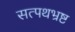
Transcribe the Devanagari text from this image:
सत्पथभ्रष्ट